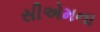
સીએમના